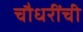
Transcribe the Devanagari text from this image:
चौधरींची